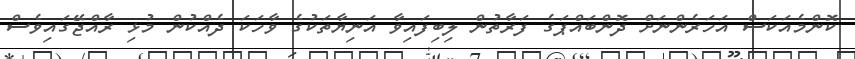
ކޮންމެއަކަސް އަހަރެންނަށް ދޮންބައްޕަގެ ފަރާތުން ލިބިފައިވާ އަނިޔާތަކުގެ ވާހަކަ ދެއްކުން މުޅި ރާއްޖޭގައިވެސް